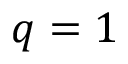
q = 1